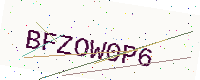
Text: BFZOW0P6